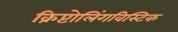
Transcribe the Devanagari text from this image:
क्रिप्टोलिंगविस्टिक